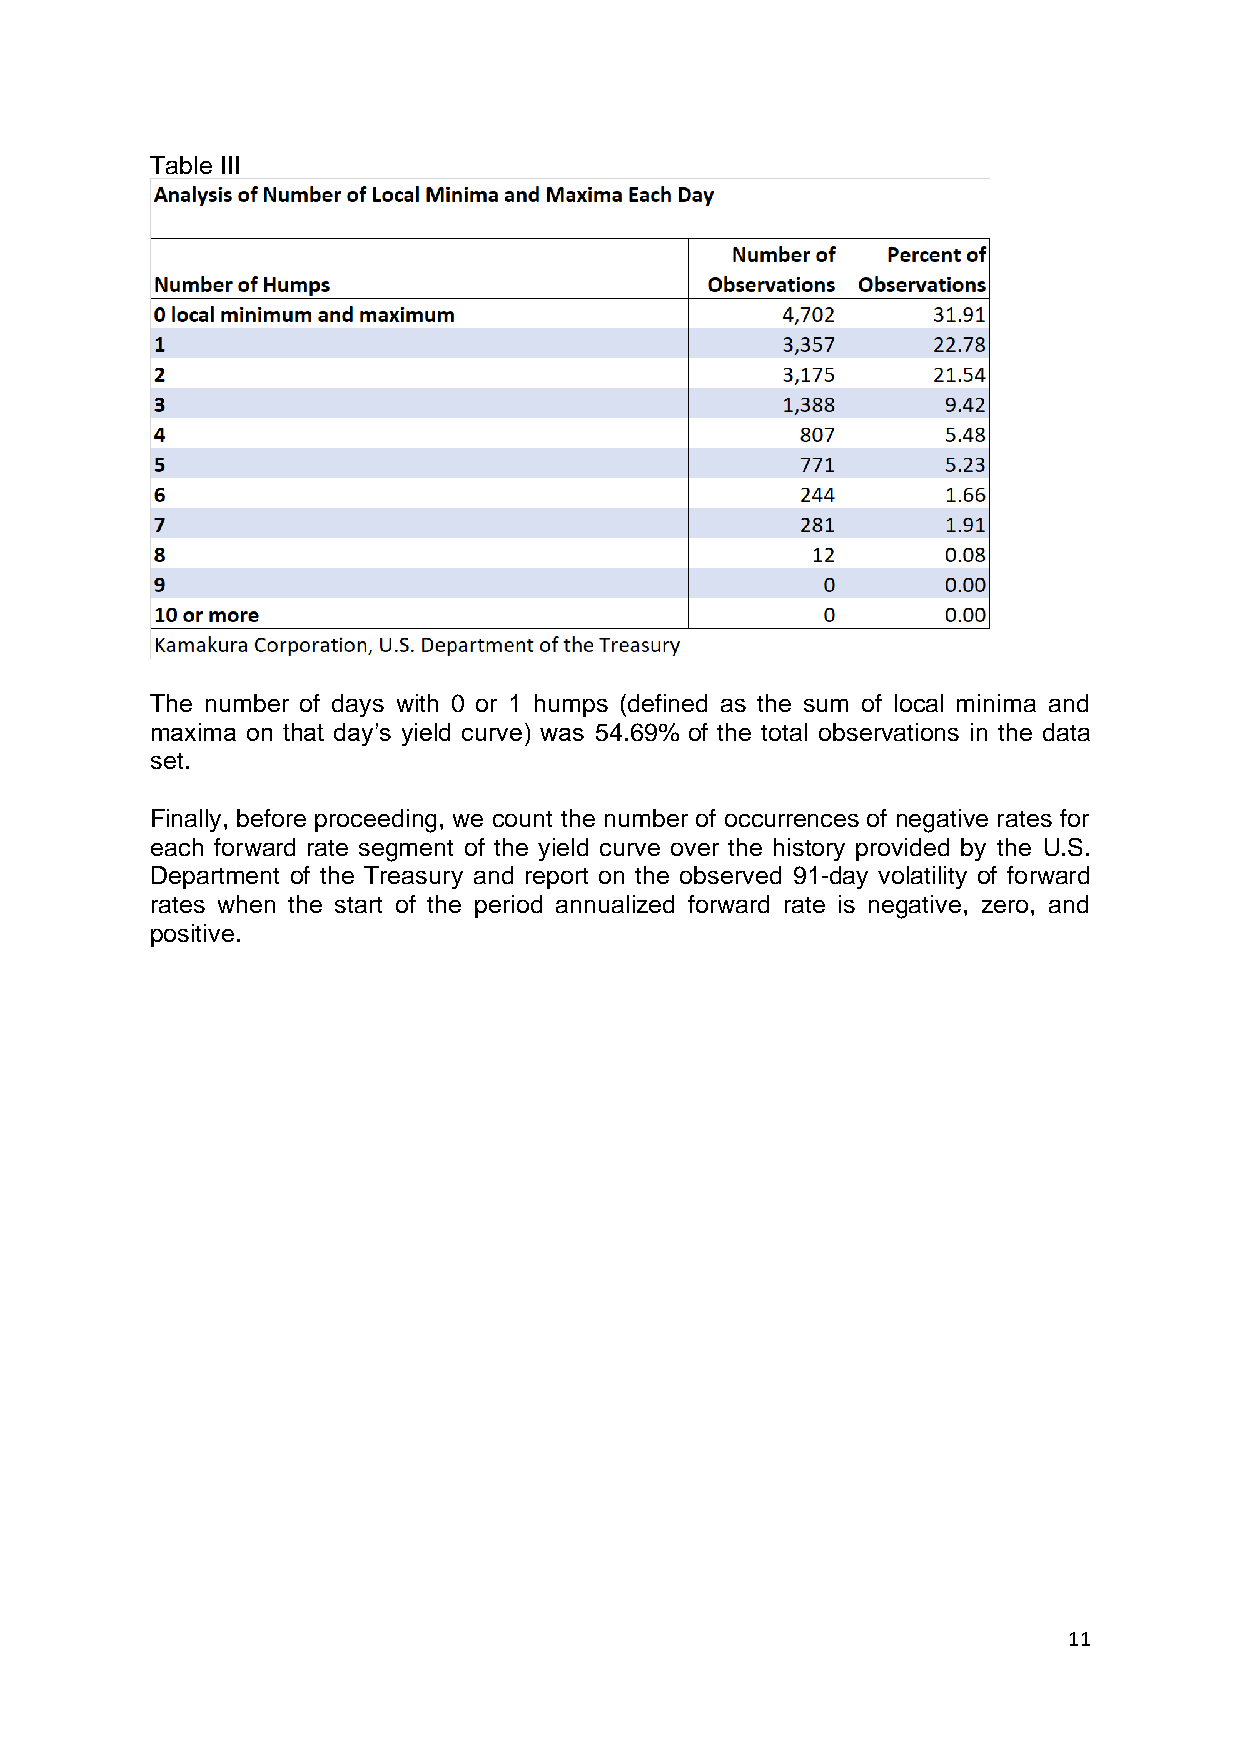
Table III
 The number of days with 0 or 1 humps (defined as the sum of local minima and
 maxima on that day’s yield curve) was 54.69% of the total observations in the data
 set.
 Finally, before proceeding, we count the number of occurrences of negative rates for
 each forward rate segment of the yield curve over the history provided by the U.S.
 Department of the Treasury and report on the observed 91-day volatility of forward
 rates when the start of the period annualized forward rate is negative, zero, and
 positive.
 11